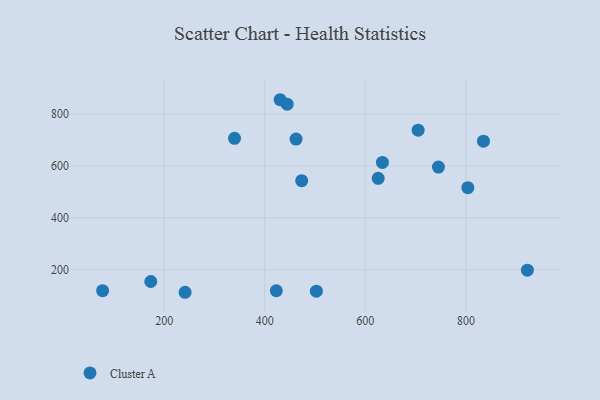
{"axis": {"x": "Engine Size", "y": "Sales"}, "legend": ["Cluster A"], "data": [{"x": "922.3", "y": 197.8, "type": "Cluster A"}, {"x": "502.7", "y": 116.7, "type": "Cluster A"}, {"x": "423.0", "y": 118.5, "type": "Cluster A"}, {"x": "803.9", "y": 516.0, "type": "Cluster A"}, {"x": "625.6", "y": 551.9, "type": "Cluster A"}, {"x": "745.4", "y": 595.2, "type": "Cluster A"}, {"x": "835.0", "y": 695.1, "type": "Cluster A"}, {"x": "77.6", "y": 118.8, "type": "Cluster A"}, {"x": "173.4", "y": 154.1, "type": "Cluster A"}, {"x": "473.5", "y": 543.1, "type": "Cluster A"}, {"x": "462.3", "y": 703.5, "type": "Cluster A"}, {"x": "430.6", "y": 855.1, "type": "Cluster A"}, {"x": "634.0", "y": 613.2, "type": "Cluster A"}, {"x": "705.0", "y": 737.6, "type": "Cluster A"}, {"x": "241.6", "y": 112.6, "type": "Cluster A"}, {"x": "444.6", "y": 837.9, "type": "Cluster A"}, {"x": "339.9", "y": 706.1, "type": "Cluster A"}]}